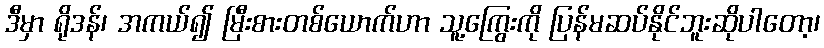
ဒီမှာ ရိုဒန်၊ အကယ်၍ မြီးစားတစ်ယောက်ဟာ သူ့ကြွေးကို ပြန်မဆပ်နိုင်ဘူးဆိုပါတော့၊